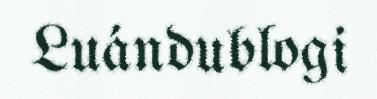
Luándublogi